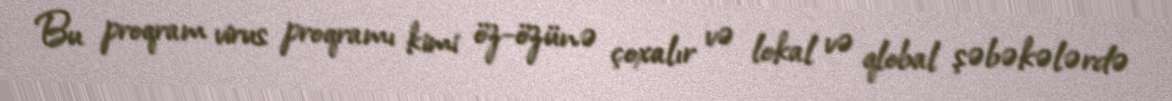
Bu proqram virus proqramı kimi öz-özünə çoxalır və lokal və qlobal şəbəkələrdə